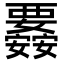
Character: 𮗉